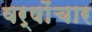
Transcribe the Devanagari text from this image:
वर्षोंचार